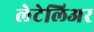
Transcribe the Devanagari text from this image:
लेटेलिअर